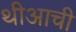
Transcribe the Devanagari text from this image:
थीआची